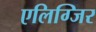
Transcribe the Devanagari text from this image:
एलिग्जिर